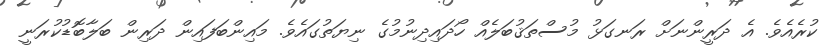
ކުރެއެވެ. އެ ދަރީންނަށް ރަނގަޅު މުސްތަޤުބަލެއް ހޯދައިދިނުމުގެ ނިޔަތުގައެވެ. މައިންބަފައިން ދަރިން ބަލާބޮޑުކުރަނީ